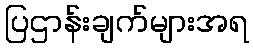
ပြဌာန်းချက်များအရ